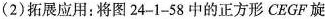
(2)拓展应用：将图24-1-58中的正方形CEGF旋